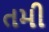
તમી